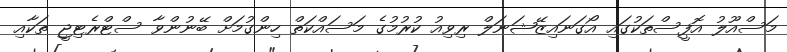
މަސްއޫލު އޮފީސްތަކުގައި އޯގަނައިޒޭޝަނަލް ރިވިއު ކުރުމުގެ މަސައްކަތް ހިންގުމަށް ބޭނުންވާ ސްޓްރެޓިޖީ ތަކާއި